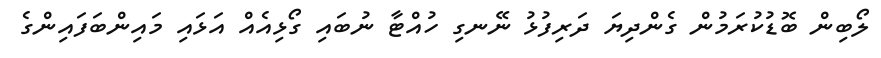
ލޯބިން ބޮޑުކުރަމުން ގެންދިޔަ ދަރިފުޅު ނޭނގި ހުއްޓާ ނުބައި ގޯޅިއެއް އަޅައި މައިންބަފައިންގެ